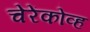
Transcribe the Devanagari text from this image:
चेरेंकोव्ह